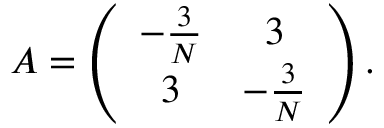
A = \left( \begin{array} { c c } { { - { \frac { 3 } { N } } } } & { { 3 } } \\ { { 3 } } & { { - { \frac { 3 } { N } } } } \end{array} \right) .